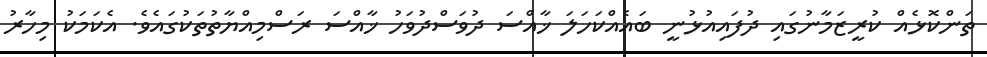
ތަންކޮޅެއް ކުރީޒަމާނުގައި ދުފައިއުޅުނީ ބައެއްކަހަލަ ޚާއްސަ ދުވަސްދުވަހު ޚާއްސަ ރަސްމިއްޔާތުތަކުގައެވެ. އެކަމަކު މިހާރު